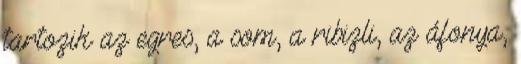
tartozik az egres, a som, a ribizli, az áfonya,